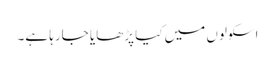
اسکولوں میں کیا پڑھایا جارہا ہے۔